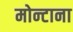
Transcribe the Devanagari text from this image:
मोन्‍टाना